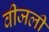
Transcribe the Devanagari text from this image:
वीजली